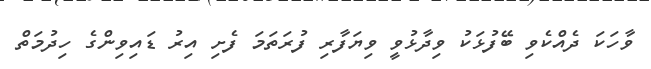
ވާހަކަ ދެއްކެވި ބޭފުޅަކު ވިދާޅުވީ ވިޔަފާރި ފުރަތަމަ ފެށި އިރު ޑައިވިންގެ ހިދުމަތް